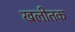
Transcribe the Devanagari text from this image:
खलीतक